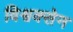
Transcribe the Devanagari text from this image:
विश्वक्सेन